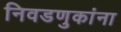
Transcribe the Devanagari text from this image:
निवडणुकांना